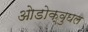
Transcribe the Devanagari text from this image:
ओडोक्वुघल